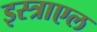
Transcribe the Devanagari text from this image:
इस्त्राएल